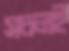
সচলই